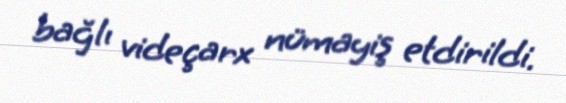
bağlı videçarx nümayiş etdirildi.